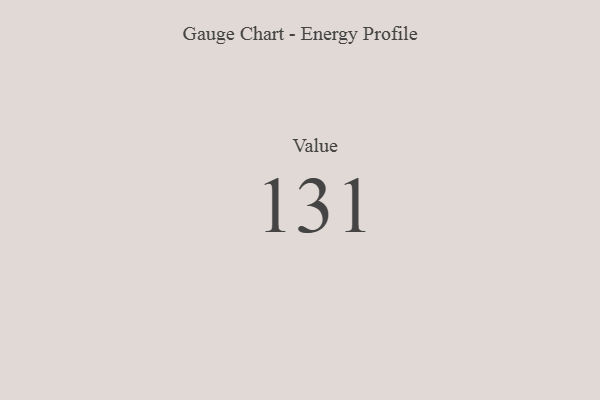
{"axis": {"x": "Metric", "y": "Value"}, "legend": [""], "data": [{"x": "Value", "y": 131, "type": ""}]}